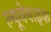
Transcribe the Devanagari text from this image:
ल्यूनेवाइक